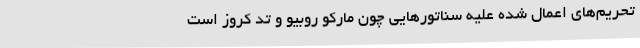
تحریم‌های اعمال شده علیه سناتورهایی چون مارکو روبیو و تد کروز است